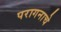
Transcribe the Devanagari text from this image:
परागनाचे